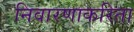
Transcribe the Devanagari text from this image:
निवारणाकरिता